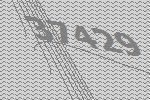
37429